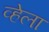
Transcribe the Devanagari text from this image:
व्हेला